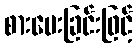
စားပေးခြင်းဖြင့်